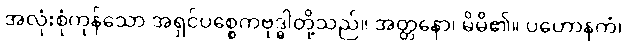
အလုံးစုံကုန်သော အရှင်ပစ္စေကဗုဒ္ဓါတို့သည်။ အတ္တနော၊ မိမိ၏။ ပဟောနကံ၊